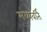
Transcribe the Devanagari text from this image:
मध्यवर्ति